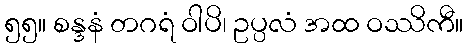
၅၅။ စန္ဒနံ တဂရံ ဝါပိ၊ ဥပ္ပလံ အထ ဝဿိကီ။